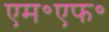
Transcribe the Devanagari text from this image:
एम॰एफ॰